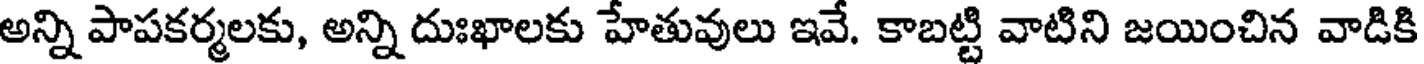
అన్ని పాపకర్మలకు, అన్ని దుఃఖాలకు హేతువులు ఇవే. కాబట్టి వాటిని జయించిన వాడికి